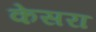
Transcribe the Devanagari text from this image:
केसरा